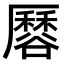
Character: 𧯏